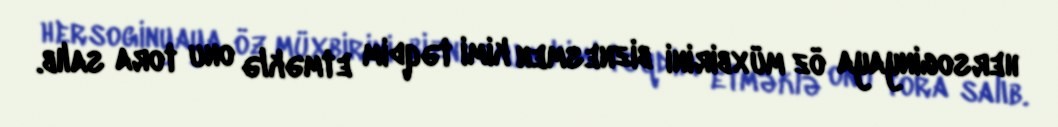
hersoginyaya öz müxbirini biznesmen kimi təqdim etməklə onu tora salıb.